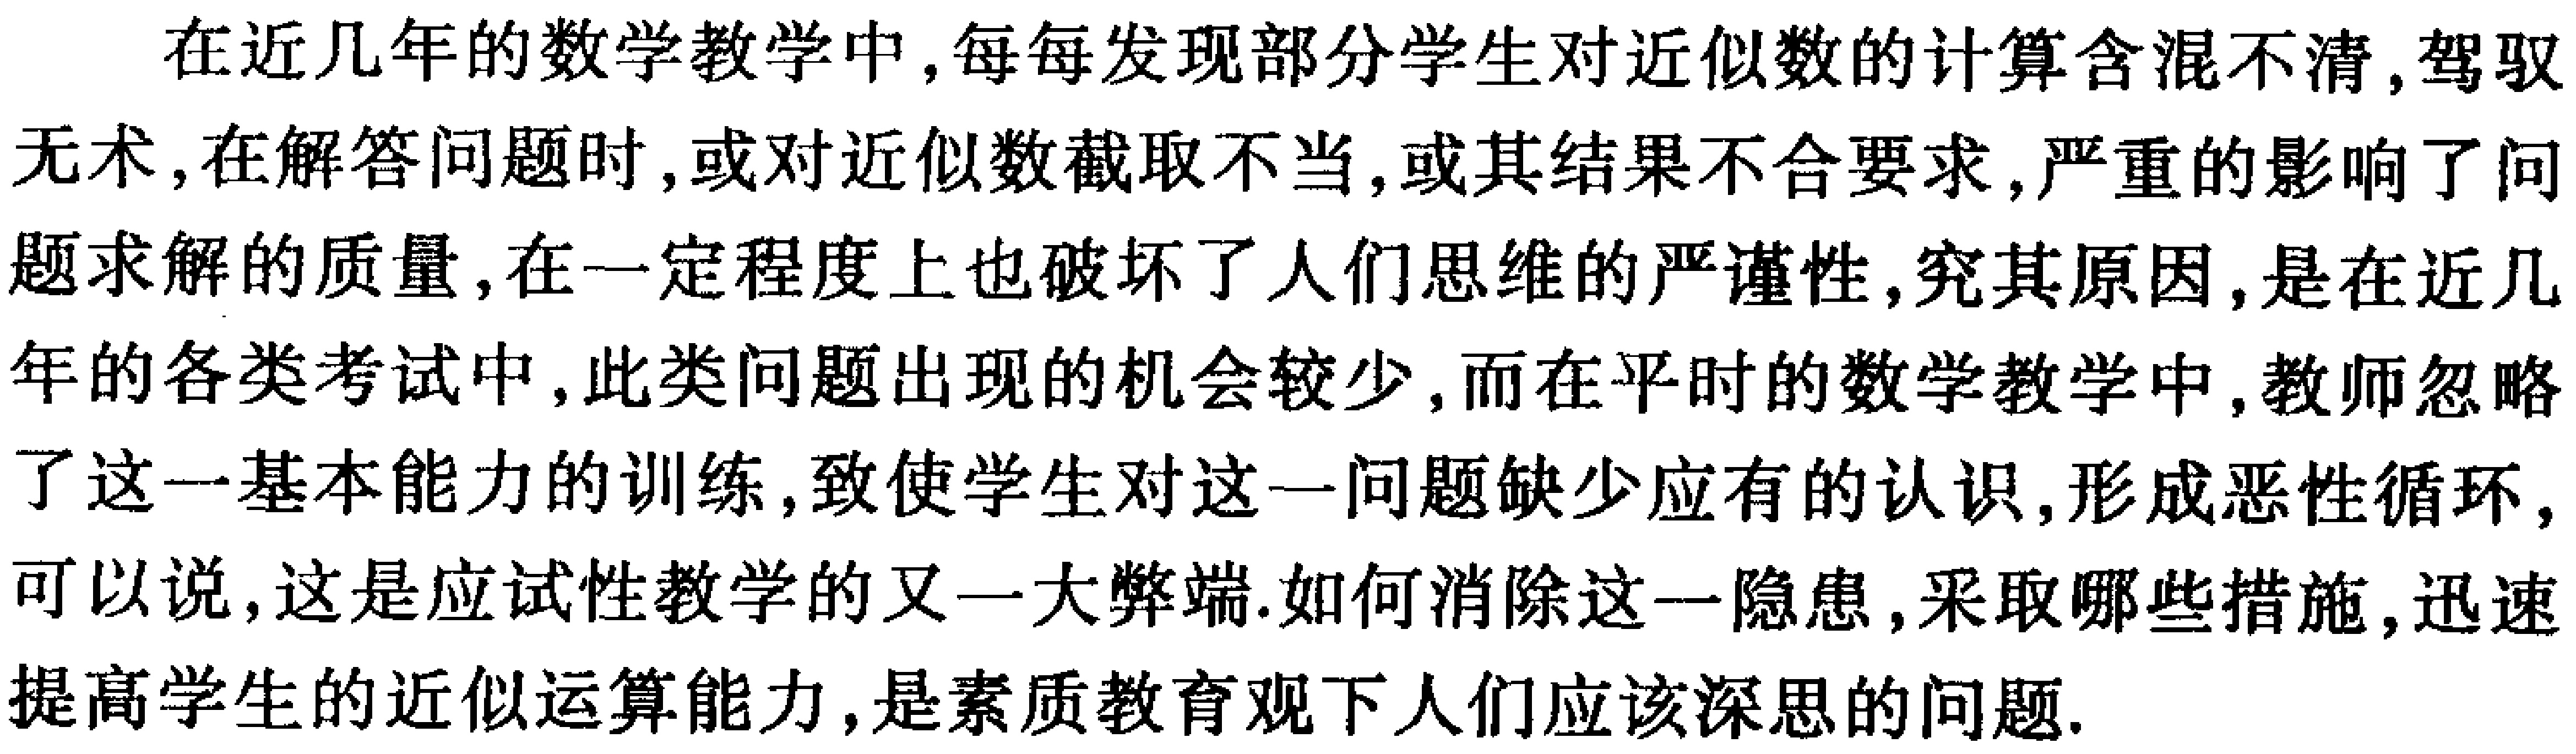
在近几年的数学教学中, 每每发现部分学生对近似数的计算含混不清, 驾驭无术, 在解答问题时, 或对近似数截取不当, 或其结果不合要求, 严重的影响了问题求解的质量, 在一定程度上也破坏了人们思维的严谨性, 究其原因, 是在近几年的各类考试中, 此类问题出现的机会较少, 而在平时的数学教学中, 教师忽略了这一基本能力的训练, 致使学生对这一问题缺少应有的认识, 形成恶性循环, 可以说, 这是应试性教学的又一大弊端. 如何消除这一隐患, 采取哪些措施, 迅速提高学生的近似运算能力, 是素质教育观下人们应该深思的问题.